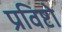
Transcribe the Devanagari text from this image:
प्रविष्टो